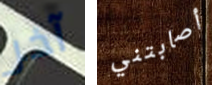
آخر أصابتني